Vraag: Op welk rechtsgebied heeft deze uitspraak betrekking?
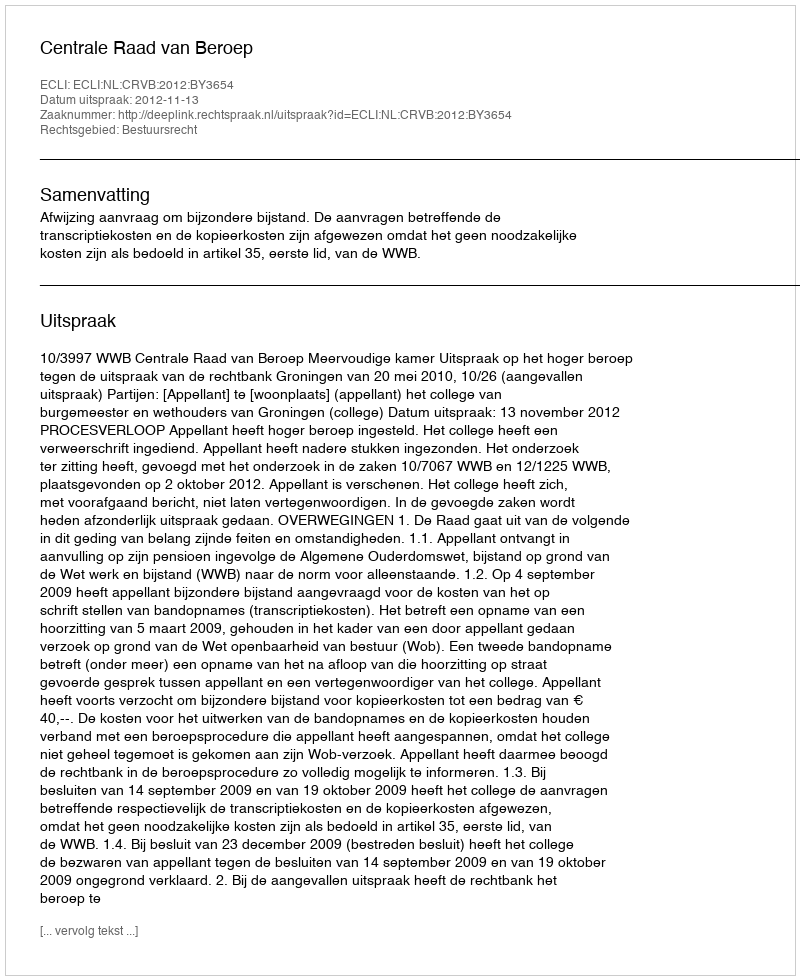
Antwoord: Bestuursrecht